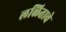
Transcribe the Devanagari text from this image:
लळिताचे